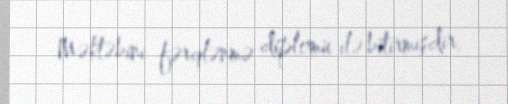
Məktəbini fərqlənmə diplomu ilə bitirmişdir.